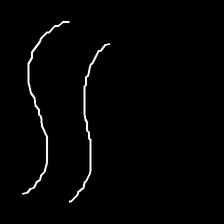
Glyph: float